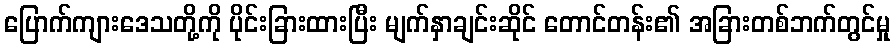
ပြောက်ကျားဒေသတို့ကို ပိုင်းခြားထားပြီး မျက်နှာချင်းဆိုင် တောင်တန်း၏ အခြားတစ်ဘက်တွင်မှု